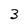
Character: 3